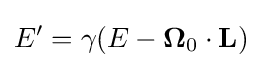
E'=\gamma (E-\mathbf {\Omega } _{0}\cdot \mathbf {L} )